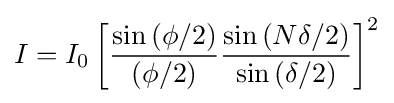
I=I_{0}\left[{\frac {\sin \left(\phi /2\right)}{\left(\phi /2\right)}}{\frac {\sin \left(N\delta /2\right)}{\sin \left(\delta /2\right)}}\right]^{2}\,\!